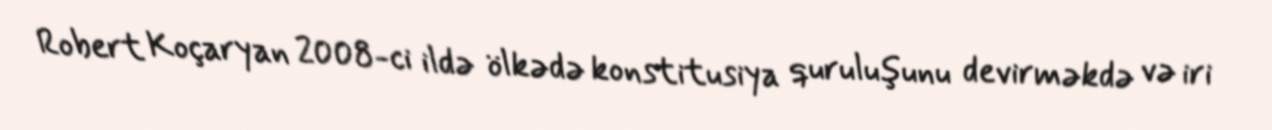
Robert Koçaryan 2008-ci ildə ölkədə konstitusiya quruluşunu devirməkdə və iri